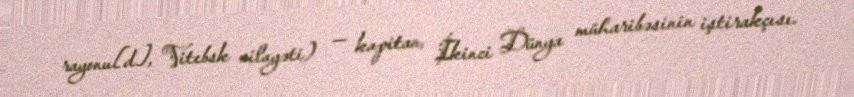
rayonu[d], Vitebsk vilayəti) — kapitan, İkinci Dünya müharibəsinin iştirakçısı.